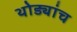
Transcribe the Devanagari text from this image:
थोड्यांच